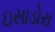
ઇસાડોરા